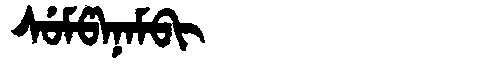
Manchu: ᠰᡠᠮᡦᠠᠨᠠᠮᠪᡳ
Romanization: SUMPANAMBI